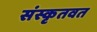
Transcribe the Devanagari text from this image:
संस्कृतवत